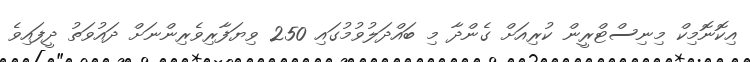
އިކޮނޮމިކް މިނިސްޓްރީން ކުރިއަށް ގެންދާ މި ބައްދަލުވުމުގައި 250 ވިޔަފާރިވެރިންނަށް ދައުވަތު ދީފައިވެ